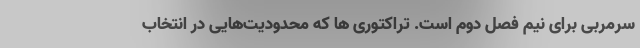
سرمربی برای نیم فصل دوم است. تراکتوری ها که محدودیت‌هایی در انتخاب